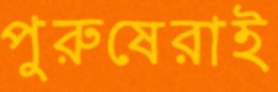
পুরুষেরাই